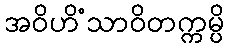
အဝိဟိံသာဝိတက္ကမ္ပိ